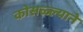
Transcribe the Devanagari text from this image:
कोसळ्ल्याने